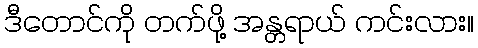
ဒီတောင်ကို တက်ဖို့ အန္တရာယ် ကင်းလား။